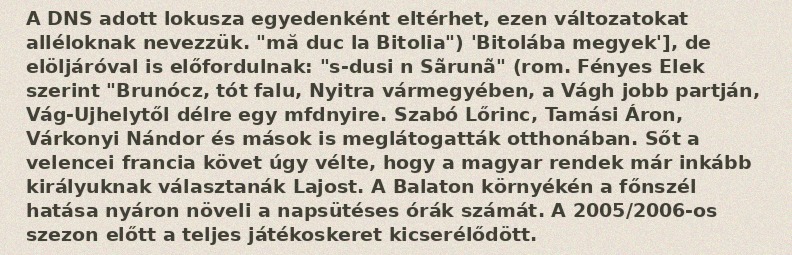
A DNS adott lokusza egyedenként eltérhet, ezen változatokat alléloknak nevezzük. "mă duc la Bitolia") 'Bitolába megyek'], de elöljáróval is előfordulnak: "s-dusi n Sãrunã" (rom. Fényes Elek szerint "Brunócz, tót falu, Nyitra vármegyében, a Vágh jobb partján, Vág-Ujhelytől délre egy mfdnyire. Szabó Lőrinc, Tamási Áron, Várkonyi Nándor és mások is meglátogatták otthonában. Sőt a velencei francia követ úgy vélte, hogy a magyar rendek már inkább királyuknak választanák Lajost. A Balaton környékén a főnszél hatása nyáron növeli a napsütéses órák számát. A 2005/2006-os szezon előtt a teljes játékoskeret kicserélődött.